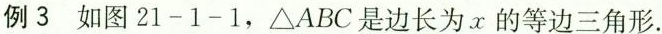
例3如图21-1-1，\triangle ABC是边长为x的等边三角形.